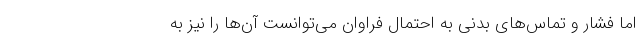
اما فشار و تماس‌های بدنی به احتمال فراوان می‌توانست آن‌ها را نیز به